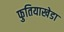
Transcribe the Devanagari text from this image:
फुतियाखेडा